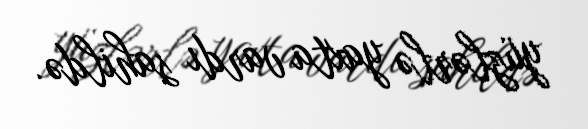
yüzlərlə yaxta vardı sahildə.